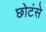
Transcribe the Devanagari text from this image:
छोटंसे